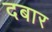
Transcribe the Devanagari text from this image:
दबार